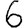
Digit: 6